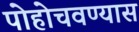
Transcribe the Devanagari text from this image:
पोहोचवण्यास